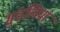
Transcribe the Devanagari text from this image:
गुंडलिया